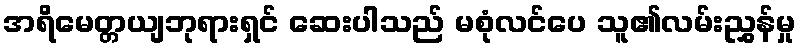
အရိမေတ္တယျဘုရားရှင် ဆေးပါသည် မစုံလင်ပေ သူ၏လမ်းညွှန်မှု